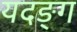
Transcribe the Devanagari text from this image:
यदङ्ग